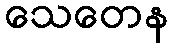
သေတေန